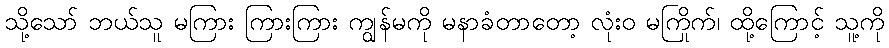
သို့သော် ဘယ်သူ မကြား ကြားကြား ကျွန်မကို မနာခံတာတော့ လုံးဝ မကြိုက်၊ ထို့ကြောင့် သူ့ကို